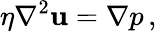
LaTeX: \eta\nabla^{2}\mathbf{u}=\nabla p\, ,